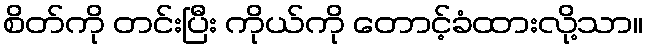
စိတ်ကို တင်းပြီး ကိုယ်ကို တောင့်ခံထားလို့သာ။